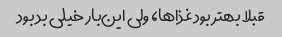
قبلا بهتر بود غذاها، ولی این‌بار خیلی بد بود